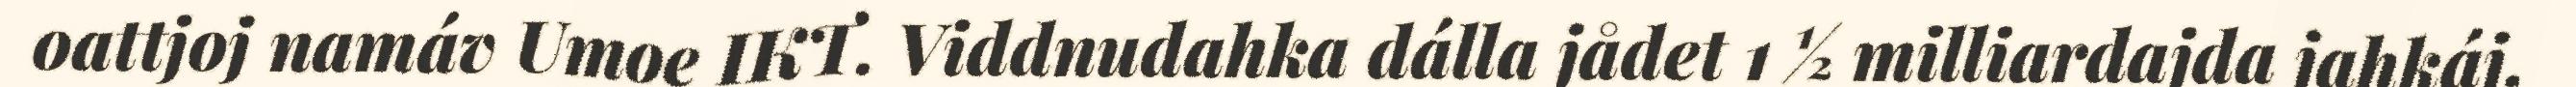
oattjoj namáv Umoe IKT. Viddnudahka dálla jådet 1 ½ milliardajda jahkáj,